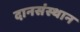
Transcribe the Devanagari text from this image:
दानसंस्थान